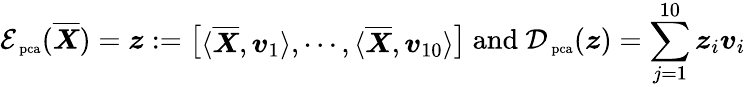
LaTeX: \mathcal E_{\mathrm{\scriptsize~pca}}(\overline{{\boldsymbol X}})=\boldsymbol z:=\left[\begin{array}{l}{\langle\overline{{\boldsymbol X}},\boldsymbol v_{1}\rangle,\cdots,\langle\overline{{\boldsymbol X}},\boldsymbol v_{10}\rangle}\end{array}\right]\mathrm{~and~}\mathcal D_{\mathrm{\scriptsize~pca}}(\boldsymbol z)=\sum_{j=1}^{10}\boldsymbol z_{i}\boldsymbol v_{i}